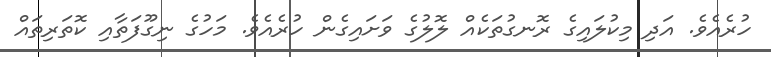
ހުރެއެވެ. އަދި މިކުލައިގެ ރޮނގުތަކެއް ލޮލުގެ ވަށައިގެން ހުރެއެވެ. މަހުގެ ނިގޫފަތާއި ކޮތަރިތައް